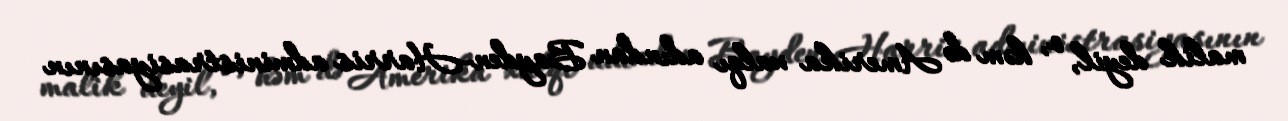
malik deyil, o, həm də Amerika xalqı adından Bayden-Harris administrasiyasının